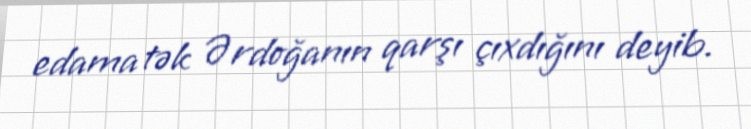
edama tək Ərdoğanın qarşı çıxdığını deyib.